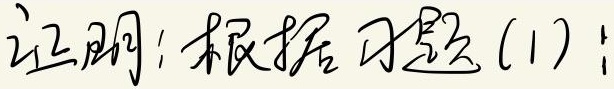
证明：根据习题(1)：